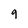
Character: 9